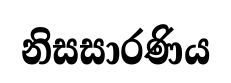
නිසසාරණිය